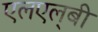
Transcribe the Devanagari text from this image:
एलएल्‌बी